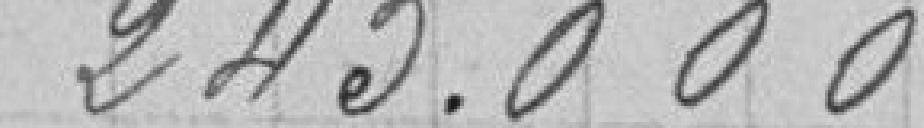
245.000